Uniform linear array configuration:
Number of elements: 32
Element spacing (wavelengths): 0.25
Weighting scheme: hamming
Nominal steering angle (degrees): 45
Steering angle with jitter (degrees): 45.808
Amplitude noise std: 0.05
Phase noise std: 0.05

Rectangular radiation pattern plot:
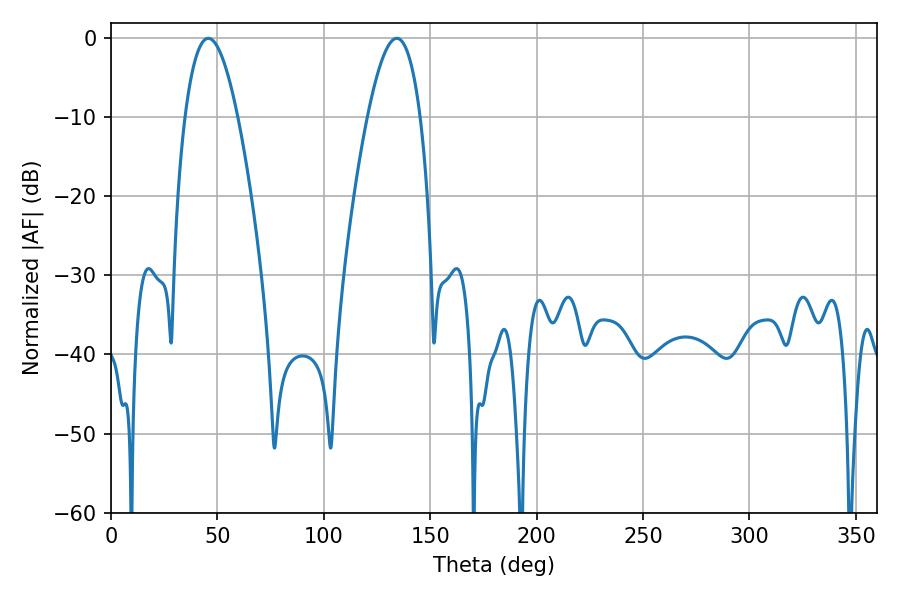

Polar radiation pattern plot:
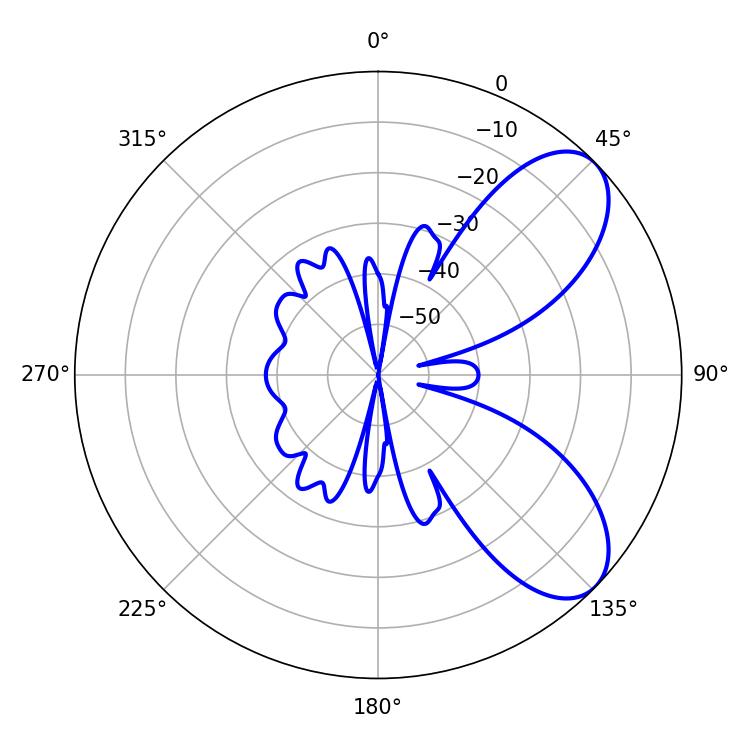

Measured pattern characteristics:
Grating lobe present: FALSE
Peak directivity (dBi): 7.353
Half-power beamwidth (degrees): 13.5
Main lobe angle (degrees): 45.72